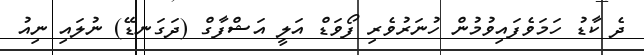
ދެ ކާޑު ހަމަވެފައިވުމުން ހުނަރުވެރި ފޯވަޑް އަލީ އަޝްފާގް (ދަގަނޑޭ) ނުލައި ނިއު